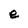
Character: e